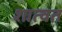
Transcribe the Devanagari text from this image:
शात्वत